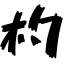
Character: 杓